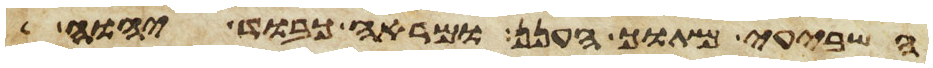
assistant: השביעי מתוך הענן ומראה כבוד יהוה